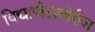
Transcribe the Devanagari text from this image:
विद्यापीठाखेरीज